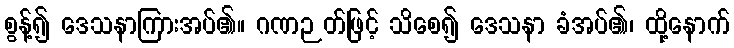
စွန့်၍ ဒေသနာကြားအပ်၏။ ဂဏဉတ်ဖြင့် သိစေ၍ ဒေသနာ ခံအပ်၏၊ ထို့နောက်